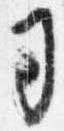
司